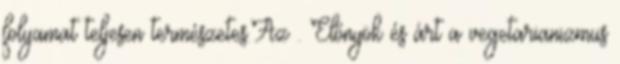
folyamat teljesen természetes.Az . Előnyök és árt a vegetarianizmus